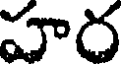
హర